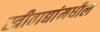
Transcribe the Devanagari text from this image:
स्त्रीवाद्यांमधील